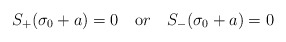
\begin{align*}S_+(\sigma_0+a)=0 \quad {\mbox or} \quad S_-(\sigma_0+a)=0\end{align*}